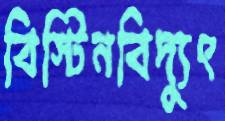
বিস্টিনবিদ্যুৎ